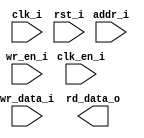
// This program was cloned from: https://github.com/HurleyResearch/nRFICE
// License: GNU General Public License v3.0

// Verilog netlist produced by program LSE 
// Netlist written on Fri Mar  3 10:20:57 2023
// Source file index table: 
// Object locations will have the form @<file_index>(<first_ line>[<left_column>],<last_line>[<right_column>])
// file 0 "e:/lscc/radiant/2022.1/ip/avant/fifo/rtl/lscc_fifo.v"
// file 1 "e:/lscc/radiant/2022.1/ip/avant/fifo_dc/rtl/lscc_fifo_dc.v"
// file 2 "e:/lscc/radiant/2022.1/ip/avant/ram_dp/rtl/lscc_ram_dp.v"
// file 3 "e:/lscc/radiant/2022.1/ip/avant/ram_dq/rtl/lscc_ram_dq.v"
// file 4 "e:/lscc/radiant/2022.1/ip/avant/rom/rtl/lscc_rom.v"
// file 5 "e:/lscc/radiant/2022.1/ip/common/adder/rtl/lscc_adder.v"
// file 6 "e:/lscc/radiant/2022.1/ip/common/adder_subtractor/rtl/lscc_add_sub.v"
// file 7 "e:/lscc/radiant/2022.1/ip/common/complex_mult/rtl/lscc_complex_mult.v"
// file 8 "e:/lscc/radiant/2022.1/ip/common/counter/rtl/lscc_cntr.v"
// file 9 "e:/lscc/radiant/2022.1/ip/common/mult_accumulate/rtl/lscc_mult_accumulate.v"
// file 10 "e:/lscc/radiant/2022.1/ip/common/mult_add_sub/rtl/lscc_mult_add_sub.v"
// file 11 "e:/lscc/radiant/2022.1/ip/common/mult_add_sub_sum/rtl/lscc_mult_add_sub_sum.v"
// file 12 "e:/lscc/radiant/2022.1/ip/common/multiplier/rtl/lscc_multiplier.v"
// file 13 "e:/lscc/radiant/2022.1/ip/common/subtractor/rtl/lscc_subtractor.v"
// file 14 "e:/lscc/radiant/2022.1/ip/pmi/pmi_add.v"
// file 15 "e:/lscc/radiant/2022.1/ip/pmi/pmi_addsub.v"
// file 16 "e:/lscc/radiant/2022.1/ip/pmi/pmi_complex_mult.v"
// file 17 "e:/lscc/radiant/2022.1/ip/pmi/pmi_counter.v"
// file 18 "e:/lscc/radiant/2022.1/ip/pmi/pmi_dsp.v"
// file 19 "e:/lscc/radiant/2022.1/ip/pmi/pmi_fifo.v"
// file 20 "e:/lscc/radiant/2022.1/ip/pmi/pmi_fifo_dc.v"
// file 21 "e:/lscc/radiant/2022.1/ip/pmi/pmi_mac.v"
// file 22 "e:/lscc/radiant/2022.1/ip/pmi/pmi_mult.v"
// file 23 "e:/lscc/radiant/2022.1/ip/pmi/pmi_multaddsub.v"
// file 24 "e:/lscc/radiant/2022.1/ip/pmi/pmi_multaddsubsum.v"
// file 25 "e:/lscc/radiant/2022.1/ip/pmi/pmi_ram_dp.v"
// file 26 "e:/lscc/radiant/2022.1/ip/pmi/pmi_ram_dp_be.v"
// file 27 "e:/lscc/radiant/2022.1/ip/pmi/pmi_ram_dq.v"
// file 28 "e:/lscc/radiant/2022.1/ip/pmi/pmi_ram_dq_be.v"
// file 29 "e:/lscc/radiant/2022.1/ip/pmi/pmi_rom.v"
// file 30 "e:/lscc/radiant/2022.1/ip/pmi/pmi_sub.v"
// file 31 "e:/lscc/radiant/2022.1/cae_library/simulation/verilog/ice40up/ccu2_b.v"
// file 32 "e:/lscc/radiant/2022.1/cae_library/simulation/verilog/ice40up/fd1p3bz.v"
// file 33 "e:/lscc/radiant/2022.1/cae_library/simulation/verilog/ice40up/fd1p3dz.v"
// file 34 "e:/lscc/radiant/2022.1/cae_library/simulation/verilog/ice40up/fd1p3iz.v"
// file 35 "e:/lscc/radiant/2022.1/cae_library/simulation/verilog/ice40up/fd1p3jz.v"
// file 36 "e:/lscc/radiant/2022.1/cae_library/simulation/verilog/ice40up/hsosc.v"
// file 37 "e:/lscc/radiant/2022.1/cae_library/simulation/verilog/ice40up/hsosc1p8v.v"
// file 38 "e:/lscc/radiant/2022.1/cae_library/simulation/verilog/ice40up/ib.v"
// file 39 "e:/lscc/radiant/2022.1/cae_library/simulation/verilog/ice40up/ifd1p3az.v"
// file 40 "e:/lscc/radiant/2022.1/cae_library/simulation/verilog/ice40up/lsosc.v"
// file 41 "e:/lscc/radiant/2022.1/cae_library/simulation/verilog/ice40up/lsosc1p8v.v"
// file 42 "e:/lscc/radiant/2022.1/cae_library/simulation/verilog/ice40up/ob.v"
// file 43 "e:/lscc/radiant/2022.1/cae_library/simulation/verilog/ice40up/obz_b.v"
// file 44 "e:/lscc/radiant/2022.1/cae_library/simulation/verilog/ice40up/ofd1p3az.v"
// file 45 "e:/lscc/radiant/2022.1/cae_library/simulation/verilog/ice40up/pdp4k.v"
// file 46 "e:/lscc/radiant/2022.1/cae_library/simulation/verilog/ice40up/rgb.v"
// file 47 "e:/lscc/radiant/2022.1/cae_library/simulation/verilog/ice40up/rgb1p8v.v"
// file 48 "e:/lscc/radiant/2022.1/cae_library/simulation/verilog/ice40up/sp256k.v"
// file 49 "e:/lscc/radiant/2022.1/cae_library/simulation/verilog/ice40up/legacy.v"

//
// Verilog Description of module ebr8x16
// module wrapper written out since it is a black-box. 
//

//

module ebr8x16 (clk_i, rst_i, clk_en_i, wr_en_i, wr_data_i, addr_i, 
            rd_data_o);
    input clk_i;
    input rst_i;
    input clk_en_i;
    input wr_en_i;
    input [15:0]wr_data_i;
    input [7:0]addr_i;
    output [15:0]rd_data_o;
    
    
    
endmodule